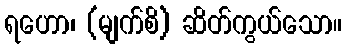
ရဟော၊ (မျက်စိ) ဆိတ်ကွယ်သော။